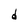
Character: d